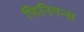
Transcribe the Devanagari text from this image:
फिनिगन्स